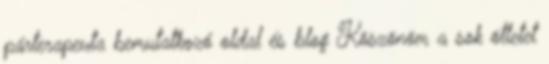
párterapeuta bemutatkozó oldal és blog Köszönöm a sok ötletet